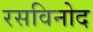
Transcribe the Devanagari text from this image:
रसविनोद